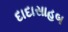
દાદાસાહબ